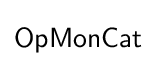
{\mathsf {OpMonCat}}